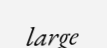
large